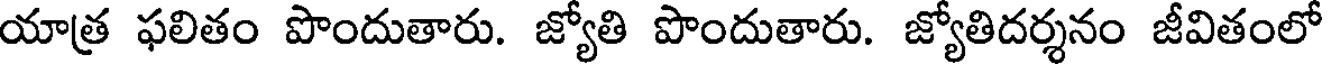
యాత్ర ఫలితం పొందుతారు. జ్యోతి పొందుతారు. జ్యోతిదర్శనం జీవితంలో